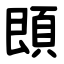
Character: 䫀